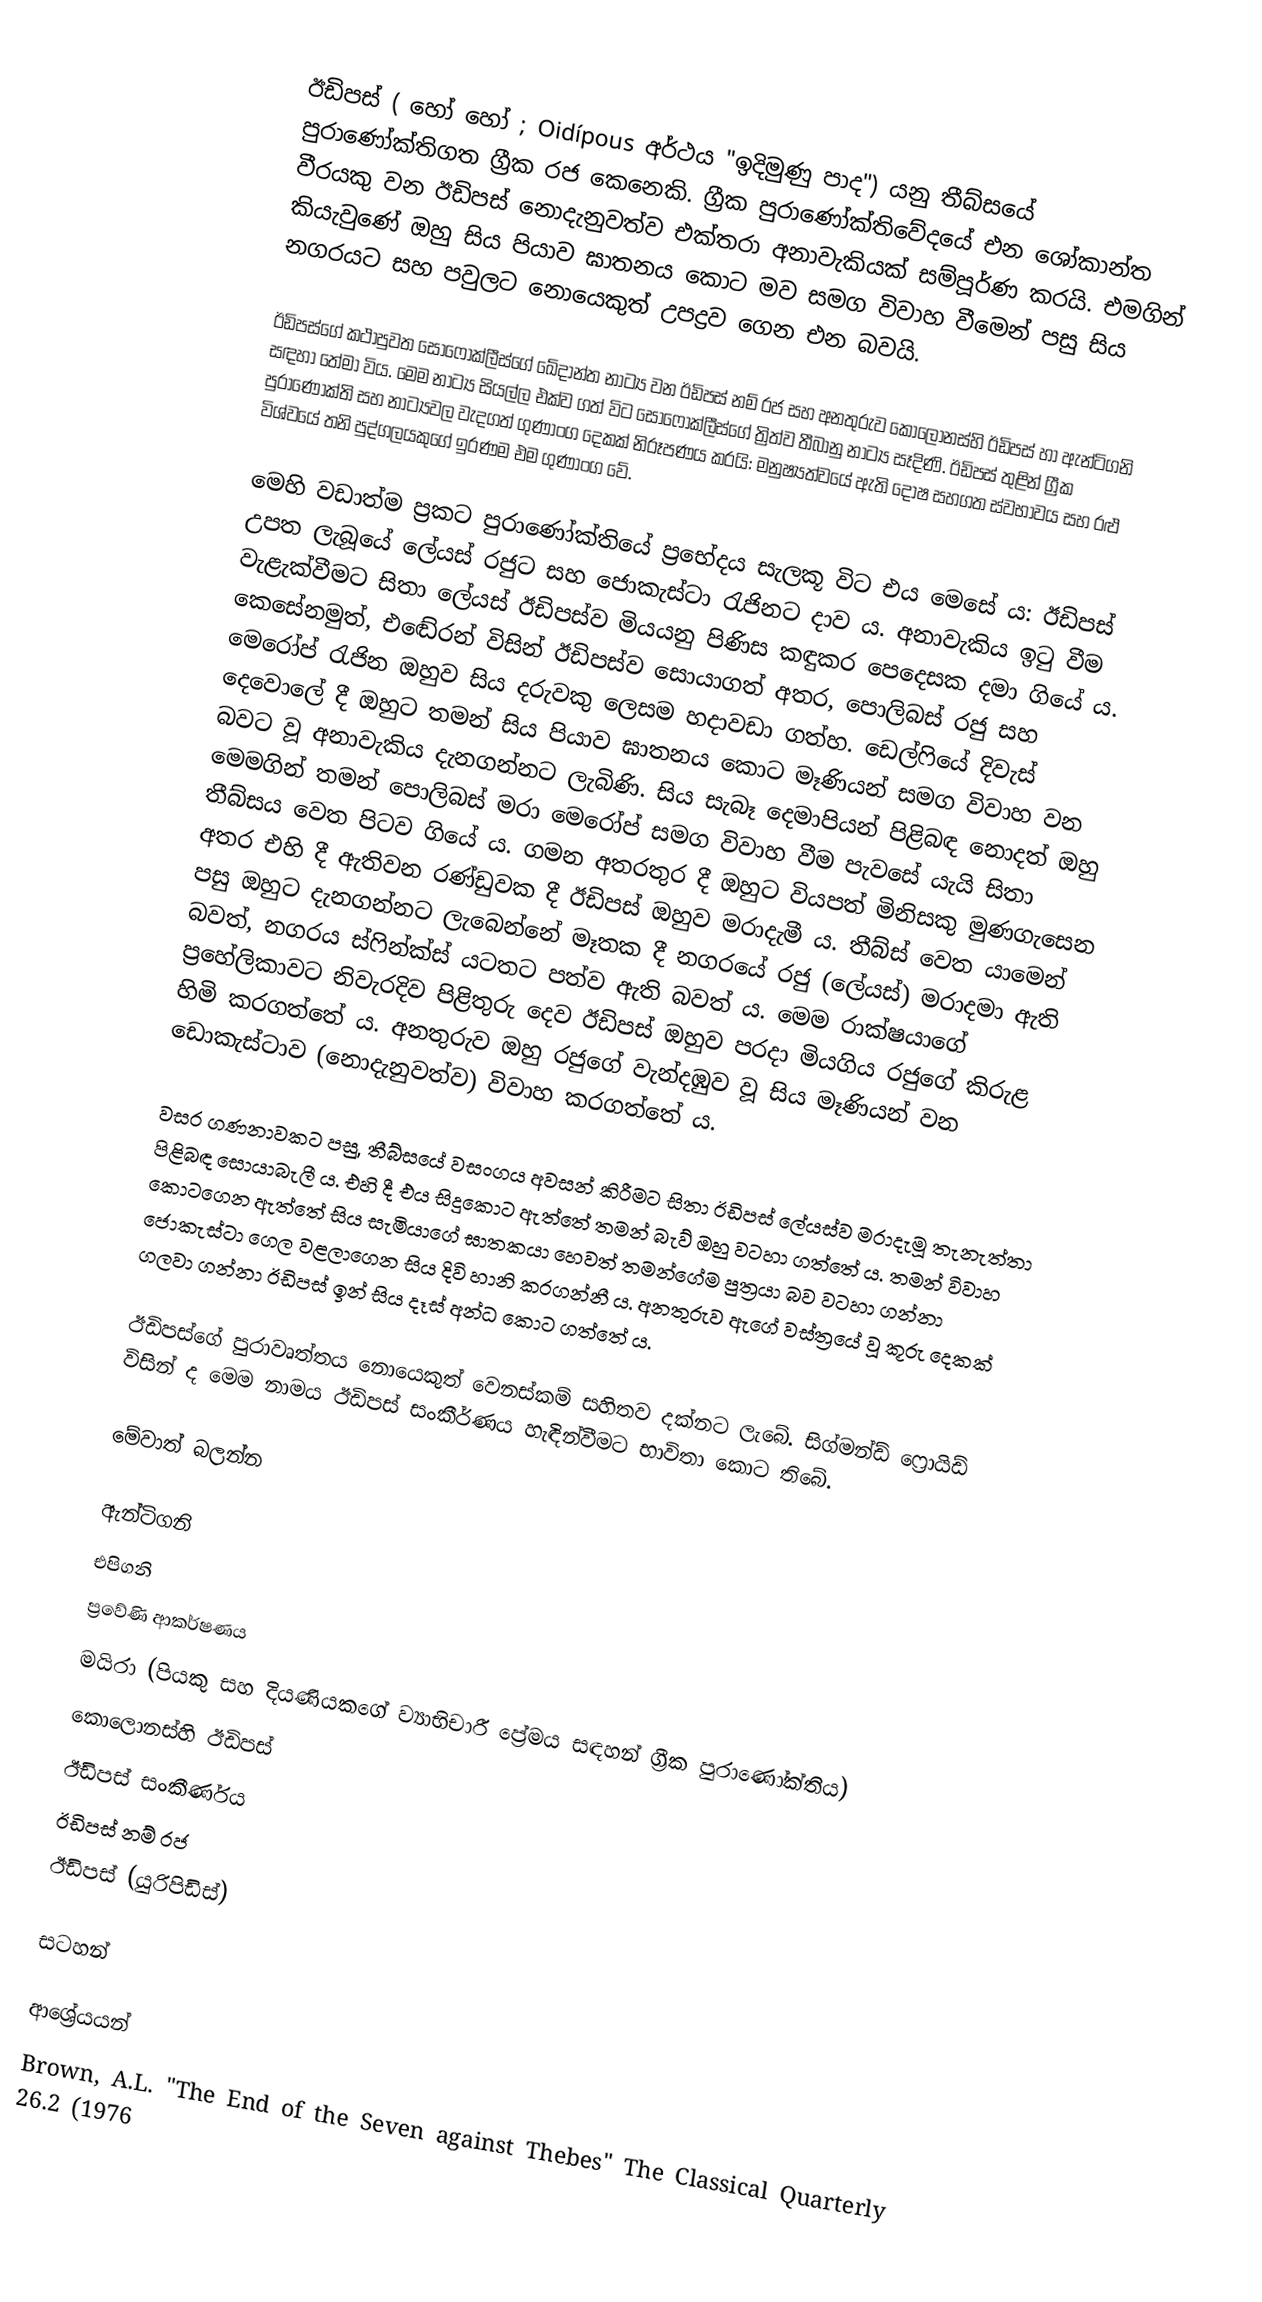
ඊඩිපස් ( හෝ  හෝ ;  Oidípous අර්ථය "ඉදිමුණු පාද") යනු තීබ්සයේ පුරාණෝක්තිගත ග්‍රීක රජ කෙනෙකි. ග්‍රීක පුරා‍ණෝක්තිවේදයේ එන ශෝකාන්ත වීරයකු වන ඊඩිපස් නොදැනුවත්ව එක්තරා අනාවැකියක් සම්පූර්ණ කරයි. එමගින් කියැවුණේ ඔහු සිය පියාව ඝාතනය කොට මව සමග විවාහ වීමෙන් පසු සිය නගරයට සහ පවුලට නොයෙකුත් උපද්‍රව ගෙන එන බවයි.

ඊඩිපස්ගේ කථාපුවත සොෆොක්ලීස්ගේ ඛේදාන්ත නාට්‍ය වන ඊඩිපස් නම් රජ සහ අනතුරුව කොලෝනස්හි ඊඩිපස් හා ඇන්ටිගනි සඳහා තේමා විය. මෙම නාට්‍ය සියල්ල එක්ව ගත් විට සොෆොක්ලීස්ගේ ත්‍රිත්ව තීබානු නාට්‍ය සෑදිණි. ඊඩිපස් තුළින් ග්‍රීක පුරාණෝක්ති සහ නාට්‍යවල වැදගත් ගුණාංග දෙකක් නිරූපණය කරයි: මනුෂ්‍යත්වයේ ඇති දෝෂ සහගත ස්වභාවය සහ රළු විශ්වයේ තනි පුද්ගලයකුගේ ඉරණම එම ගුණාංග වේ.

මෙහි වඩාත්ම ප්‍රකට පුරාණෝක්තියේ ප්‍රභේදය සැලකූ විට එය මෙසේ ය: ඊඩිපස් උපත ලැබූයේ ලේයස් රජුට සහ ජොකැස්ටා රැජිනට දාව ය. අනාවැකිය ඉටු වීම වැළැක්වීමට සිතා ලේයස් ඊඩිපස්ව මියයනු පිණිස කඳුකර පෙදෙසක දමා ගියේ ය. කෙසේනමුත්, ‍එ‍ඬේරන් විසින් ඊඩිපස්ව සොයාගත් අතර, පොලිබස් රජු සහ මෙරෝප් රැජින ඔහුව සිය දරුවකු ලෙසම හදාවඩා ගත්හ. ඩෙල්ෆියේ දිවැස් දෙවොලේ දී ඔහුට තමන් සිය පියාව ඝාතනය කොට මෑණියන් සමග විවාහ වන බවට වූ අනාවැකිය දැනගන්නට ලැබිණි. සිය සැබෑ දෙමාපියන් පිළිබඳ නොදත් ඔහු මෙමගින් තමන් පොලිබස් මරා මෙරෝප් සමග විවාහ වීම පැවසේ යැයි සිතා තීබ්සය වෙත පිටව ගියේ ය. ගමන අතරතුර දී ඔහුට වියපත් මිනිසකු මුණගැසෙන අතර එහි දී ඇතිවන රණ්ඩුවක දී ඊඩිපස් ඔහුව මරාදැමී ය. තීබ්ස් වෙත යාමෙන් පසු ඔහුට දැනගන්නට ලැබෙන්නේ මෑතක දී නගරයේ රජු (ලේයස්) මරාදමා ඇති බවත්, නගරය ස්ෆින්ක්ස් යටතට පත්ව ඇති බවත් ය. මෙම රාක්ෂයාගේ ප්‍රහේලිකාවට නිවැරදිව පිළිතුරු දෙව ඊඩිපස් ඔහුව පරදා මියගිය රජුගේ කිරුළ හිමි කරගත්තේ ය. අනතුරුව ඔහු රජුගේ වැන්දඹුව වූ සිය මෑණියන් වන ඩොකැස්ටාව (නොදැනුවත්ව) විවාහ කරගත්තේ ය.

වසර ගණනාවකට පසු, තීබ්සයේ වසංගය අවසන් කිරීමට සිතා ඊඩිපස් ලේයස්ව මරාදැමූ තැනැත්තා පිළිබඳ සොයාබැලී ය. එහි දී එය සිදුකොට ඇත්තේ තමන් බැව් ඔහු වටහා ගත්තේ ය. තමන් විවාහ කොටගෙන ඇත්තේ සිය සැමියාගේ ඝාතකයා හෙවත් තමන්ගේම පුත්‍රයා බව වටහා ගන්නා ජොකැස්ටා ගෙල වළලාගෙන සිය දිවි හානි කරගන්නී ය. අනතුරුව ඇගේ වස්ත්‍රයේ වූ කූරු දෙකක් ගලවා ගන්නා ඊඩිපස් ඉන් සිය දෑස් අන්ධ කොට ගත්තේ ය.

ඊඩිපස්ගේ පුරාවෘත්තය නොයෙකුත් වෙනස්කම් සහිතව දක්නට ලැබේ. සිග්මන්ඩ් ෆ්‍රොයිඩ් විසින් ද මෙම නාමය ඊඩිපස් සංකීර්ණය හැඳින්වීමට භාවිතා කොට තිබේ.

මේවාත් බලන්න

ඇන්ටිගනි
එපිගනි
ප්‍රවේණි ආකර්ෂණය
මයිරා (පියකු සහ දියණියකගේ ව්‍යාභිචාරී ප්‍රේමය සඳහන් ග්‍රීක පුරාණෝක්තිය)
කොලොනස්හි ඊඩිපස්
ඊඩිපස් සංකීර්ණය
ඊඩිපස් නම් රජ
ඊඩිපස් (යුරිපිඩිස්)

සටහන්

ආශ්‍රේයයන්
Brown, A.L. "The End of the Seven against Thebes" The Classical Quarterly 26.2 (1976